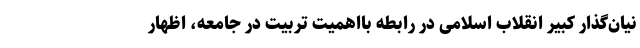
نیان‌گذار کبیر انقلاب اسلامی در رابطه بااهمیت تربیت در جامعه، اظهار